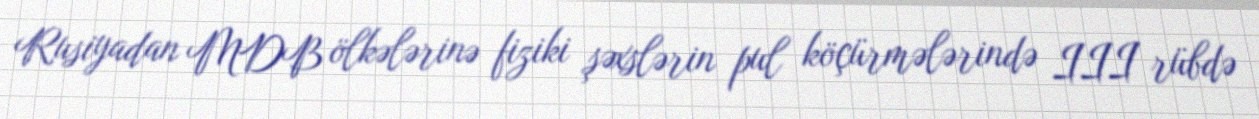
Rusiyadan MDB ölkələrinə fiziki şəxslərin pul köçürmələrində III rübdə